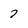
Character: 7